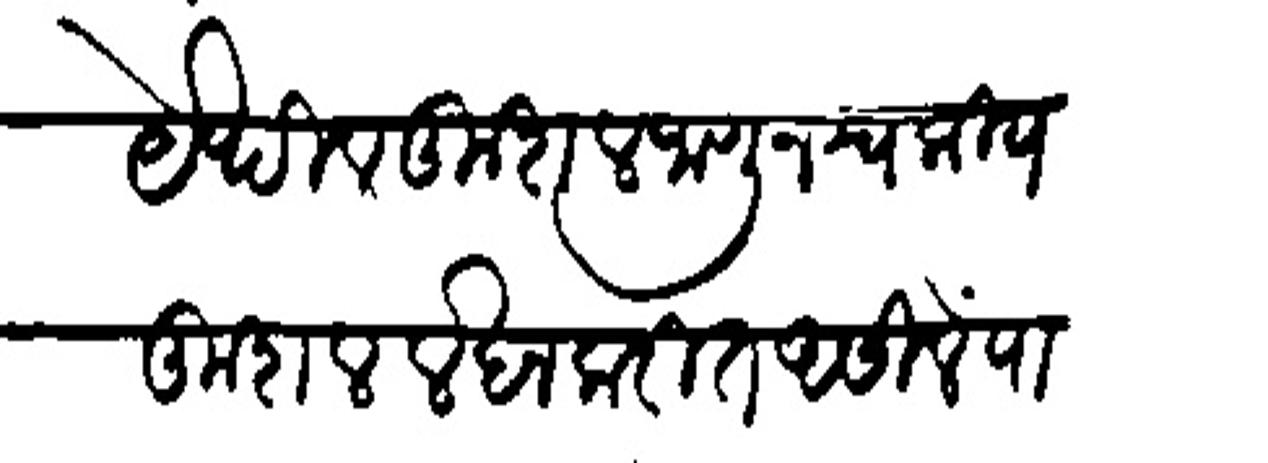
Transliteration (Devanagari): येथील कुशल जाणून स्वकीय कुशाल लेखन करीत आसिले पाहिजे